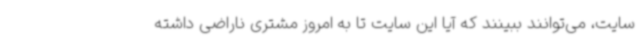
سایت، می‌توانند ببینند که آیا این سایت تا به امروز مشتری ناراضی داشته